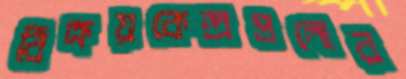
বিক্রয়কেন্দ্রগুলোর